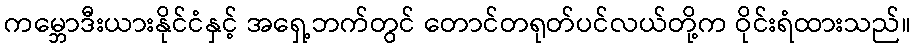
ကမ္ဘောဒီးယားနိုင်ငံနှင့် အရှေ့ဘက်တွင် တောင်တရုတ်ပင်လယ်တို့က ဝိုင်းရံထားသည်။